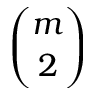
\binom m 2